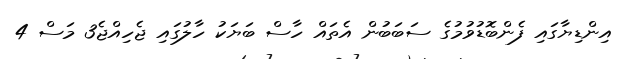
އިންޑިޔާގައި ފެންބޮޑުވުމުގެ ސަބަބުން އެތައް ހާސް ބަޔަކު ހާލުގައި ޖެހިއްޖެ3 މަސް 4